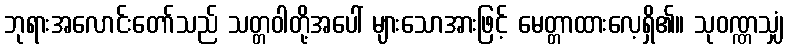
ဘုရားအလောင်းတော်သည် သတ္တဝါတို့အပေါ် များသောအားဖြင့် မေတ္တာထားလေ့ရှိ၏။ သုဝဏ္ဏသျှံ